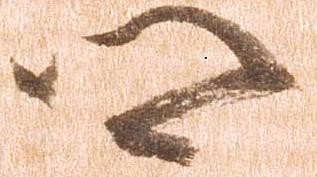
郷